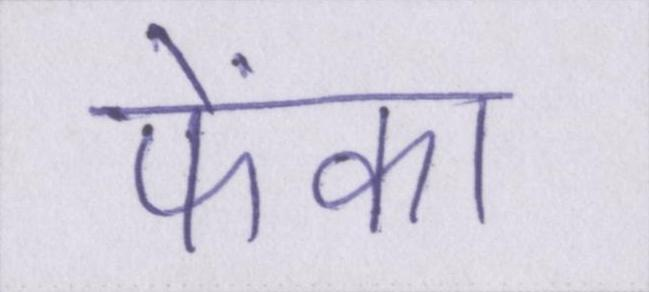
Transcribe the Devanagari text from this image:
फेंका